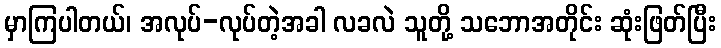
မှာကြပါတယ်၊ အလုပ်-လုပ်တဲ့အခါ လခလဲ သူတို့ သဘောအတိုင်း ဆုံးဖြတ်ပြီး